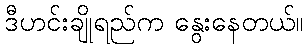
ဒီဟင်းချိုရည်က နွေးနေတယ်။